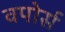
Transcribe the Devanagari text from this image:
वपोर्स